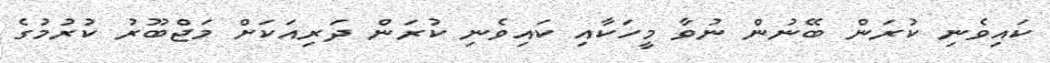
ކައިވެނި ކުރަން ބޭނުން ނުވާ މީހަކާއި ކައިވެނި ކުރަން ދަރިއަކަށް މަޖްބޫރު ކުރުމުގެ